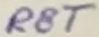
Text: RST